Vaccination North-Western Provinces and Oudh 1878-1895 - 1878-1895
Year: 1878
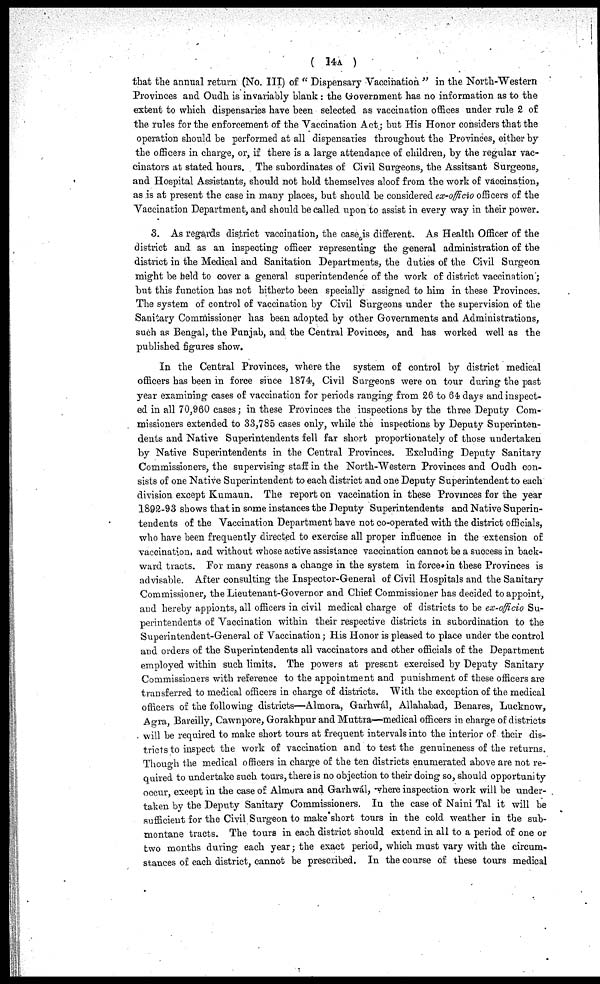
( 14A )
that the annual return (No. III) of " Dispensary Vaccination " in the North-Western
Provinces and Oudh is invariably blank: the Government has no information as to the
extent to which dispensaries have been selected as vaccination offices under rule 2 of
the rules for the enforcement of the Vaccination Act; but His Honor considers that the
operation should be performed at all dispensaries throughout the Provinces, either by
the officers in charge, or, if there is a large attendance of children, by the regular vac-
cinators at stated hours. The subordinates of Civil Surgeons, the Assitsant Surgeons,
and Hospital Assistants, should not hold themselves aloof from the work of vaccination,
as is at present the case in many places, but should be considered ex-officio officers of the
Vaccination Department, and should be called upon to assist in every way in their power.
3. As regards district vaccination, the case is different. As Health Officer of the
district and as an inspecting officer representing the general administration of the
district in the Medical and Sanitation Departments, the duties of the Civil Surgeon
might be held to cover a general superintendence of the work of district vaccination;
but this function has not hitherto been specially assigned to him in these Provinces.
The system of control of vaccination by Civil Surgeons under the supervision of the
Sanitary Commissioner has been adopted by other Governments and Administrations,
such as Bengal, the Punjab, and the Central Povinces, and has worked well as the
published figures show.
In the Central Provinces, where the system of control by district medical
officers has been in force since 1874, Civil Surgeons were on tour during the past
year examining cases of vaccination for periods ranging from 26 to 64 days and inspect-
ed in all 70,960 cases; in these Provinces the inspections by the three Deputy Com-
missioners extended to 33,785 cases only, while the inspections by Deputy Superinten-
dents and Native Superintendents fell far short proportionately of those undertaken
by Native Superintendents in the Central Provinces. Excluding Deputy Sanitary
Commissioners, the supervising staff in the North-Western Provinces and Oudh con-
sists of one Native Superintendent to each district and one Deputy Superintendent to each
division except Kumaun. The report on vaccination in these Provinces for the year
1892-93 shows that in some instances the Deputy Superintendents and Native Superin-
tendents of the Vaccination Department have not co-operated with the district officials,
who have been frequently directed to exercise all proper influence in the extension of
vaccination, and without whose active assistance vaccination cannot be a success in back-
ward tracts. For many reasons a change in the system in force in these Provinces is
advisable. After consulting the Inspector-General of Civil Hospitals and the Sanitary
Commissioner, the Lieutenant-Governor and Chief Commissioner has decided to appoint,
and hereby appionts, all officers in civil medical charge of districts to be ex-officio Su-
perintendents of Vaccination within their respective districts in subordination to the
Superintendent-General of Vaccination; His Honor is pleased to place under the control
and orders of the Superintendents all vaccinators and other officials of the Department
employed within such limits. The powers at present exercised by Deputy Sanitary
Commissioners with reference to the appointment and punishment of these officers are
transferred to medical officers in charge of districts. With the exception of the medical
officers of the following districts—Almora, Garhwál, Allahabad, Benares, Lucknow,
Agra, Bareilly, Cawnpore, Gorakhpur and Muttra—medical officers in charge of districts
will be required to make short tours at frequent intervals into the interior of their dis-
tricts to inspect the work of vaccination and to test the genuineness of the returns.
Though the medical officers in charge of the ten districts enumerated above are not re-
quired to undertake such tours, there is no objection to their doing so, should opportunity
occur except in the case of Almora and Garhwál, where inspection work will be under-
taken by the Deputy Sanitary Commissioners. In the case of Naini Tal it will be
sufficient for the Civil Surgeon to make short tours in the cold weather in the sub-
montane tracts. The tours in each district should extend in all to a period of one or
two months during each year ; the exact period, which must vary with the circum-
stances of each district, cannot be prescribed. In the course of these tours medical